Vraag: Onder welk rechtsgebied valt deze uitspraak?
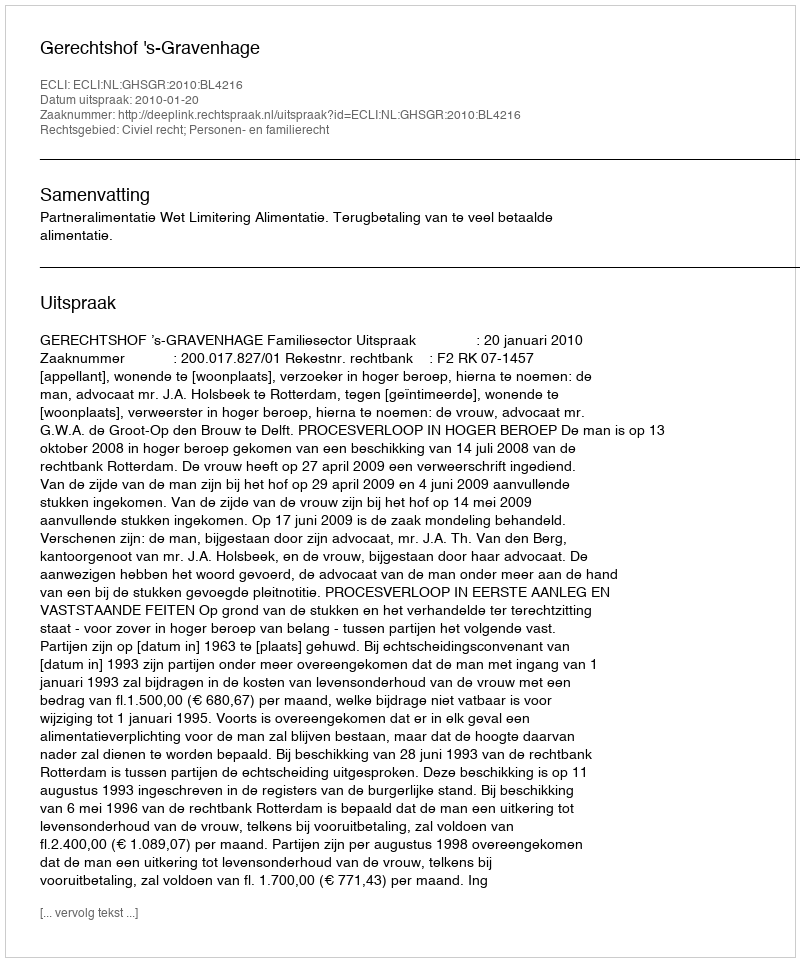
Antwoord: Civiel recht; Personen- en familierecht